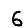
Digit: 6